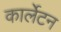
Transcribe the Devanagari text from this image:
कार्लेटन